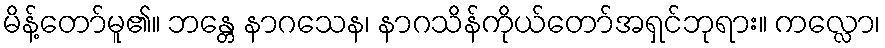
မိန့်တော်မူ၏။ ဘန္တေ နာဂသေန၊ နာဂသိန်ကိုယ်တော်အရှင်ဘုရား။ ကလ္လော၊